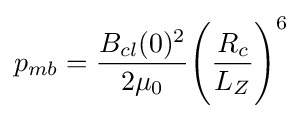
p_{mb}={\frac {B_{cl}(0)^{2}}{2\mu _{0}}}{\Biggl (}{\frac {R_{c}}{L_{Z}}}{\Biggr )}^{6}